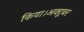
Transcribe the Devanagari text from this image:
किया।अक्टूबर